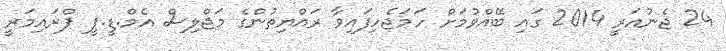
24 ޖެނުއަރީ 2014 ގައި ބޭއްވުމަށް ހަމަޖެހިފައިވާ ރައްޔިތުންގެ މަޖްލިސް އެމް.ޑީ.ޕީ ޕްރައިމަރީ